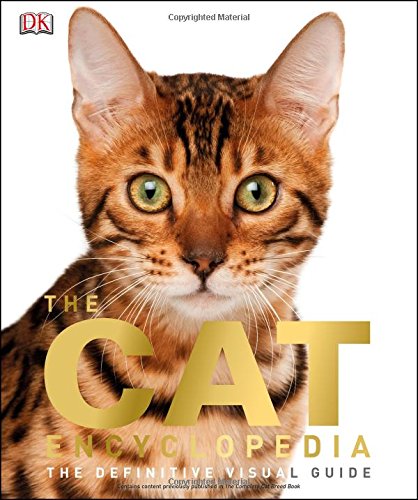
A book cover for The Cat Encyclopedia; DK; Crafts, Hobbies & Home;